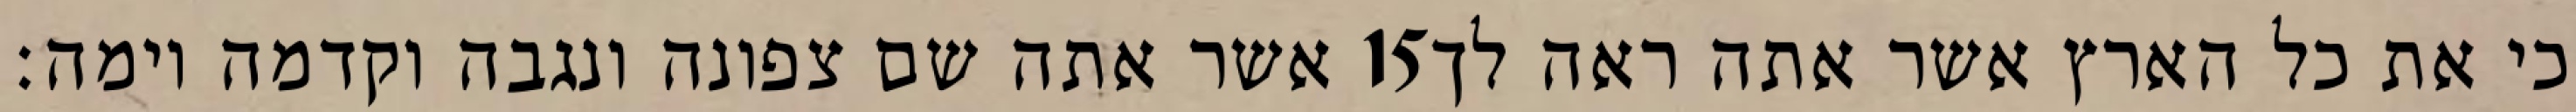
אשר אתה שם צפונה ונגבה וקדמה וימה׃ ‎15‏ כי את כל הארץ אשר אתה ראה לך